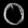
Digit: ၀